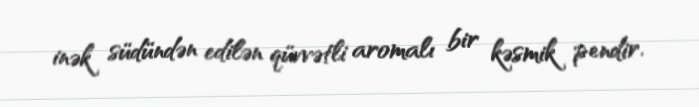
inək südündən edilən qüvvətli aromalı bir kəsmik pendir.